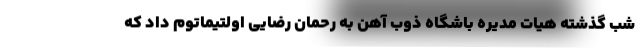
شب گذشته هیات مدیره باشگاه ذوب آهن به رحمان رضایی اولتیماتوم داد که